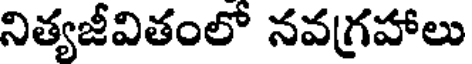
నిత్యజీవితంలో నవగ్రహాలు